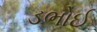
ડભોઈ